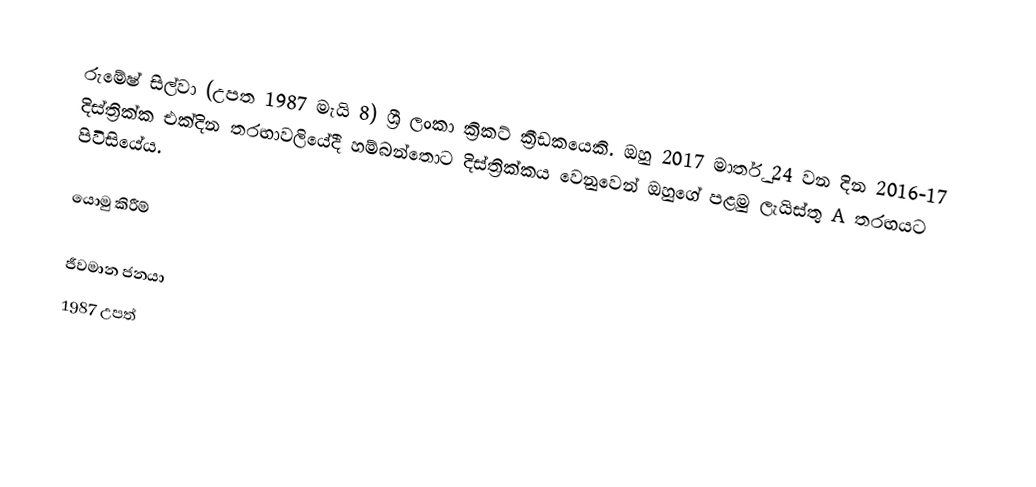
රුමේෂ් සිල්වා (උපත 1987 මැයි 8) ශ්‍රී ලංකා ක්‍රිකට් ක්‍රීඩකයෙකි. ඔහු 2017 මාර්තු 24 වන දින 2016-17 දිස්ත්‍රික්ක එක්දින තරඟාවලියේදී හම්බන්තොට දිස්ත්‍රික්කය වෙනුවෙන් ඔහුගේ පළමු ලැයිස්තු A තරඟයට පිවිසියේය.

යොමු කිරීම්

ජීවමාන ජනයා
1987 උපත්